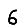
Digit: 6